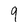
Character: 9